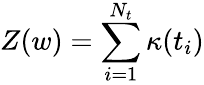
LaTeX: Z(w)=\sum_{i=1}^{N_{t}}\kappa(t_{i})